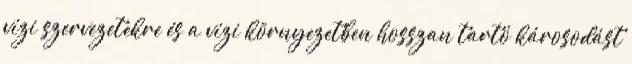
vízi szervezetekre és a vízi környezetben hosszan tartó károsodást